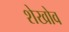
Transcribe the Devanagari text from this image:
शेखोव